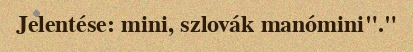
Jelentése: mini, szlovák manómini"."